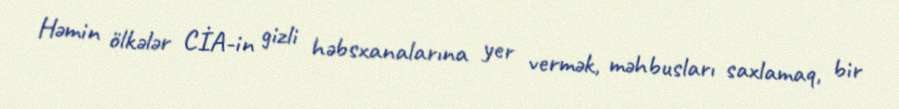
Həmin ölkələr CİA-in gizli həbsxanalarına yer vermək, məhbusları saxlamaq, bir